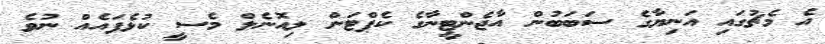
އެ މެޗުގައި އަނިޔާގެ ސަބަބުން އާޖެންޓީނާގެ ކެޕްޓަން ލިއޮނެލް މެސީ ކުޅެފައެއް ނުވެ